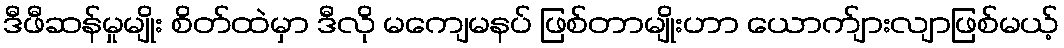
ဒီဖီဆန်မှုမျိုး စိတ်ထဲမှာ ဒီလို မကျေမနပ် ဖြစ်တာမျိုးဟာ ယောက်ျားလျာဖြစ်မယ့်